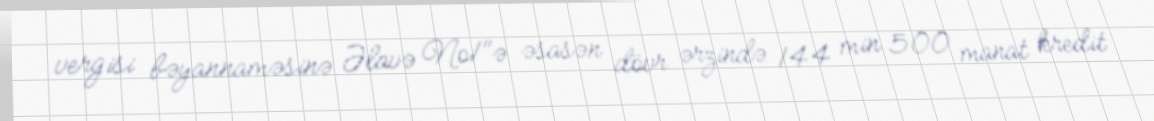
vergisi bəyannaməsinə Əlavə №1"ə əsasən dövr ərzində 144 min 500 manat kredit